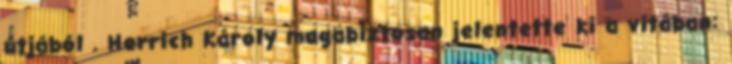
útjából . Herrich Károly magabiztosan jelentette ki a vitában: